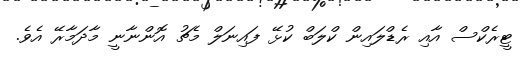
ޓީރެކްސް އާއި ރެޑްލައިން ކްލަބް ކުޅޭ ފައިނަލް މެޗު އޮންނާނީ މާދަމާރޭ އެވެ.